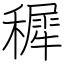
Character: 穉